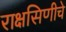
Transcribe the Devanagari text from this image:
राक्षसिणीचे